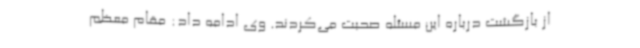
از بازگشت درباره این مسئله صحبت می‌کردند. وی ادامه داد: مقام معظم